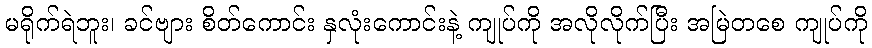
မရိုက်ရဲဘူး၊ ခင်ဗျား စိတ်ကောင်း နှလုံးကောင်းနဲ့ ကျုပ်ကို အလိုလိုက်ပြီး အမြဲတစေ ကျုပ်ကို